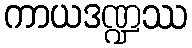
ကာယဒဏ္ဍဿ